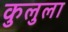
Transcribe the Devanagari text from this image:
कुलुला